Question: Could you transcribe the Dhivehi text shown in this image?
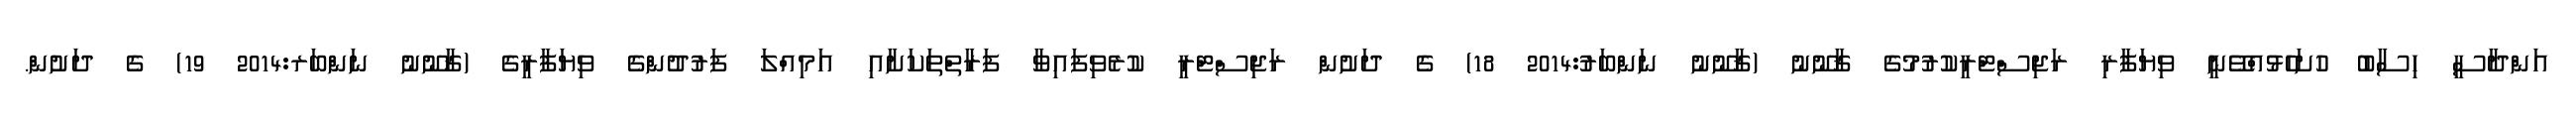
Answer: އަންދާސީ ހިސާބު ހުށަހެޅުއްވޭނީ ވިޔަފާރި ރަޖިސްޓްރީކުރުމުގެ ޤާނޫނު (ޤާނޫނު ނަންބަރު:2014 18) ގެ ދަށުން ރަޖިސްޓްރީ ކުރެވިފައިވާ ފަރާތްތަކަށާއި އަމިއްލަ ފަރުދުންގެ ވިޔަފާރީގެ (ޤާނޫނު ނަންބަރ:2014 19) ގެ ދަށުން.